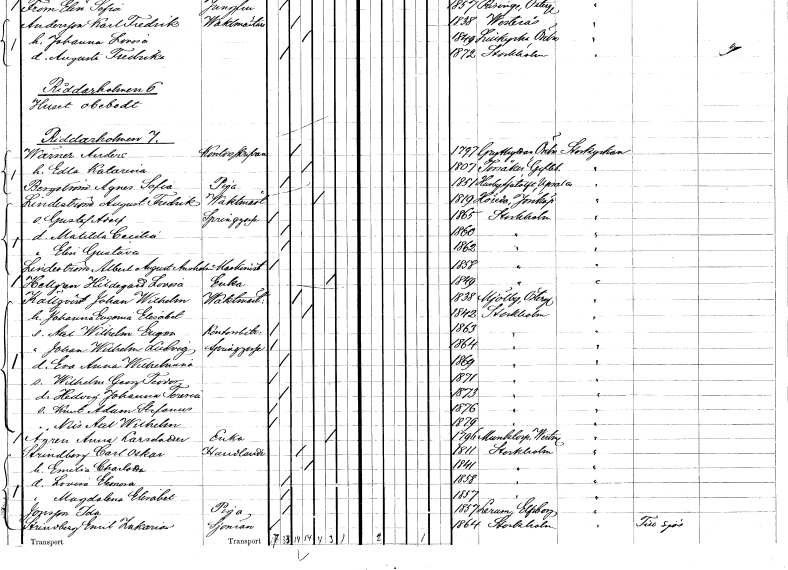
gt_parse: households: individuals: FN: Anders
EN: Wärner
YRKE: Kontorsskrivare
KON: M
CIV: G
FODAR: 1797
FODFORS: Grythyttan Örebro län
FN: Edla Katarina
KON: K
CIV: G
FODAR: 1807
FODFORS: Torsåker Gävleborgs län
FN: Agnes Sofia
EN: Bergström
YRKE: Piga
KON: K
CIV: O
FODAR: 1851
FODFORS: Husby-Sjutolft Uppsala län
FN: August Fredrik
EN: Lindeström
YRKE: Vaktmästare
KON: M
CIV: E
FODAR: 1819
FODFORS: Höreda Jönköpings län
FN: Gustaf Adolf
YRKE: Springgosse
KON: M
CIV: O
FODAR: 1865
FODFORS: Stockholm
FN: Matilda Cecilia
KON: K
CIV: O
FODAR: 1860
FODFORS: Stockholm
FN: Elin Gustava
KON: K
CIV: O
FODAR: 1862
FODFORS: Stockholm
FN: Albert August Anshelm
EN: Lindeström
YRKE: Maskinist
KON: M
CIV: O
FODAR: 1858
FODFORS: Stockholm
FN: Hildegard Lovisa
EN: Hellgren
YRKE: Änka
KON: K
CIV: E
FODAR: 1849
FODFORS: Stockholm
FN: Johan Wilhelm
EN: Källqvist
YRKE: Vaktmästare
KON: M
CIV: G
FODAR: 1838
FODFORS: Mjölby Östergötlands län
FN: Johanna Eugenia Elisabet
KON: K
CIV: G
FODAR: 1842
FODFORS: Stockholm
FN: Axel Wilhelm Eugen
YRKE: Kontorsbiträde
KON: M
CIV: O
FODAR: 1863
FODFORS: Stockholm
FN: Johan Wilhelm Ludvig
YRKE: Springgosse
KON: M
CIV: O
FODAR: 1864
FODFORS: Stockholm
FN: Eva Anna Wilhelmina
KON: K
CIV: O
FODAR: 1869
FODFORS: Stockholm
FN: Wilhelm Georg Teodor
KON: M
CIV: O
FODAR: 1871
FODFORS: Stockholm
FN: Hedvig Johanna Teresia
KON: K
CIV: O
FODAR: 1873
FODFORS: Stockholm
FN: Knut Adam Stefanus
KON: M
CIV: O
FODAR: 1876
FODFORS: Stockholm
FN: Nils Axel Wilhelm
KON: M
CIV: O
FODAR: 1879
FODFORS: Stockholm
FN: Anna
EN: Ågren Larsdotter
YRKE: Änka
KON: K
CIV: E
FODAR: 1796
FODFORS: Munktorp Västmanlands län
FN: Carl Oskar
EN: Strindberg
YRKE: Handlande
KON: M
CIV: G
FODAR: 1811
FODFORS: Stockholm
FN: Emelia Charlotta
KON: K
CIV: G
FODAR: 1841
FODFORS: Stockholm
FN: Lovisa Eleonora
KON: K
CIV: O
FODAR: 1858
FODFORS: Stockholm
FN: Magdalena Elisabet
KON: K
CIV: O
FODAR: 1857
FODFORS: Stockholm
FN: Ida
EN: Jonsson
YRKE: Piga
KON: K
CIV: O
FODAR: 1857
FODFORS: Lerum Älvsborgs län
FN: Emil Zakarias
EN: Strindberg
YRKE: Sjöman
KON: M
CIV: O
FODAR: 1864
FODFORS: Stockholm